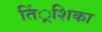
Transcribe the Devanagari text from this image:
तिं्रशिका